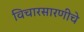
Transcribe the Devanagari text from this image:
विचारसारणीचे